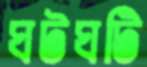
ঘটঘটি